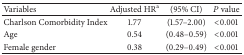
| Variables | Adjusted HRa | (95% CI) | P value |
 | --- | --- | --- | --- |
 | Charlson Comorbidity Index | 1.77 | (1.57–2.00) | <0.001 |
 | Age | 0.54 | (0.48–0.59) | <0.001 |
 | Female gender | 0.38 | (0.29–0.49) | <0.001 |